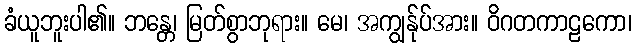
ခံယူဘူးပါ၏။ ဘန္တေ၊ မြတ်စွာဘုရား။ မေ၊ အကျွန်ုပ်အား။ ဝိဂတကာဠကော၊